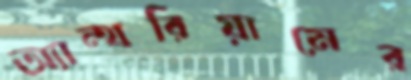
অ্যান্থরিয়ামের